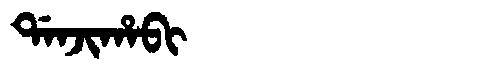
Manchu: ᡩᠠᠨᠵᡳᡥᠠᠪᡳ
Romanization: DANJIHABI